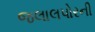
જલાલપોરની